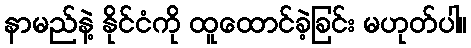
နာမည်နဲ့ နိုင်ငံကို ထူထောင်ခဲ့ခြင်း မဟုတ်ပါ။